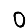
Digit: 0